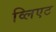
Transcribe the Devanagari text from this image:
व्लिएट